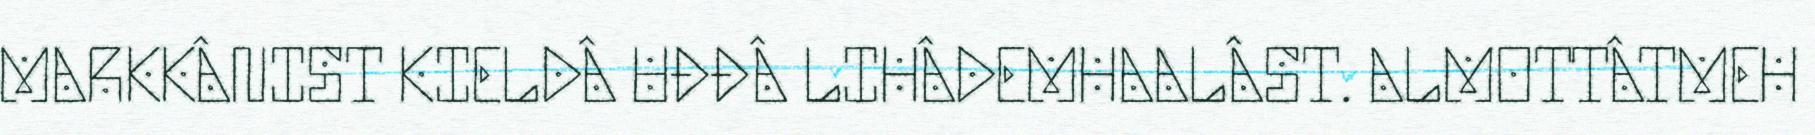
MARKKÂNIST KIELDÂ UĐĐÂ LIHÂDEMHAALÂST. ALMOTTÂTMEH